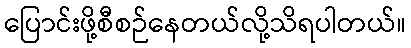
ပြောင်းဖို့စီစဉ်နေတယ်လို့သိရပါတယ်။